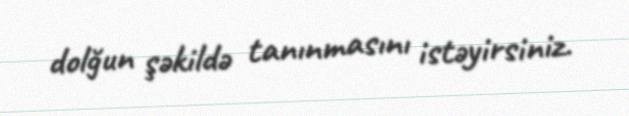
dolğun şəkildə tanınmasını istəyirsiniz.